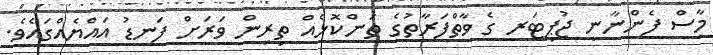
މާސް ފެންނާނީ ޖުޕިޓަރ ގެ ވާތްފަރާތުގެ ތަންކޮޅެއް ތިރިން ވަރަށް ފަނޑު އައްޔެއްގައެވެ.